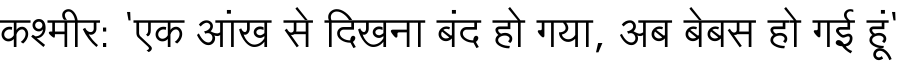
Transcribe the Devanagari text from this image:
कश्मीर: 'एक आंख से दिखना बंद हो गया, अब बेबस हो गई हूं'